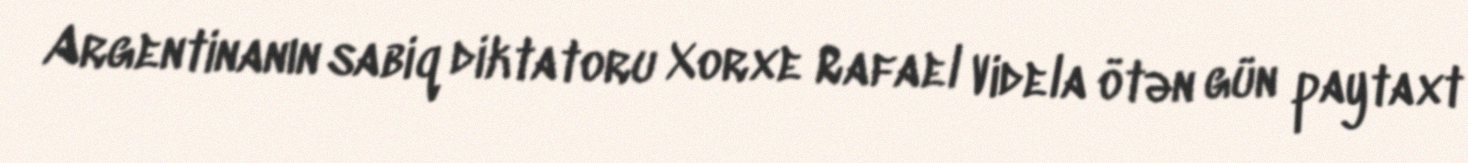
Argentinanın sabiq diktatoru Xorxe Rafael Videla ötən gün paytaxt